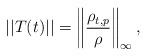
LaTeX: \begin{align*} ||T(t)||=\left\Vert \frac{\rho_{t,p}}{\rho}\right\Vert_\infty, \end{align*}